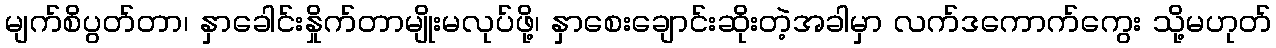
မျက်စိပွတ်တာ၊ နှာခေါင်းနှိုက်တာမျိုးမလုပ်ဖို့၊ နှာစေးချောင်းဆိုးတဲ့အခါမှာ လက်ဒကောက်ကွေး သို့မဟုတ်